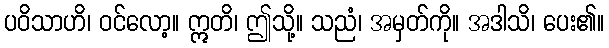
ပဝိသာဟိ၊ ဝင်လော့။ ဣတိ၊ ဤသို့။ သညံ၊ အမှတ်ကို။ အဒါသိ၊ ပေး၏။